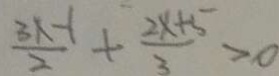
\frac { 3 x - 1 } { 2 } + \frac { 2 x + 5 } { 3 } > 0